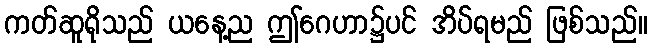
ကတ်ဆူရိုသည် ယနေ့ည ဤဂေဟာ၌ပင် အိပ်ရမည် ဖြစ်သည်။